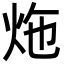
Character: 炧